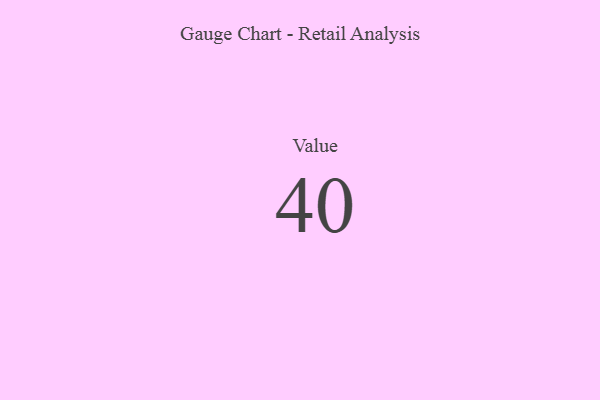
{"axis": {"x": "Metric", "y": "Value"}, "legend": [""], "data": [{"x": "Value", "y": 40, "type": ""}]}